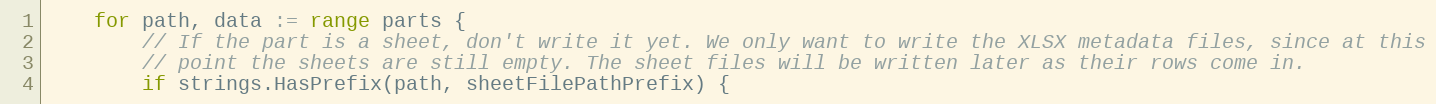
Language: Go
	for path, data := range parts {
		// If the part is a sheet, don't write it yet. We only want to write the XLSX metadata files, since at this
		// point the sheets are still empty. The sheet files will be written later as their rows come in.
		if strings.HasPrefix(path, sheetFilePathPrefix) {